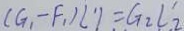
( G _ { 1 } - F _ { 1 } ) l ^ { \prime } 1 = G _ { 2 } l _ { 2 } ^ { \prime }